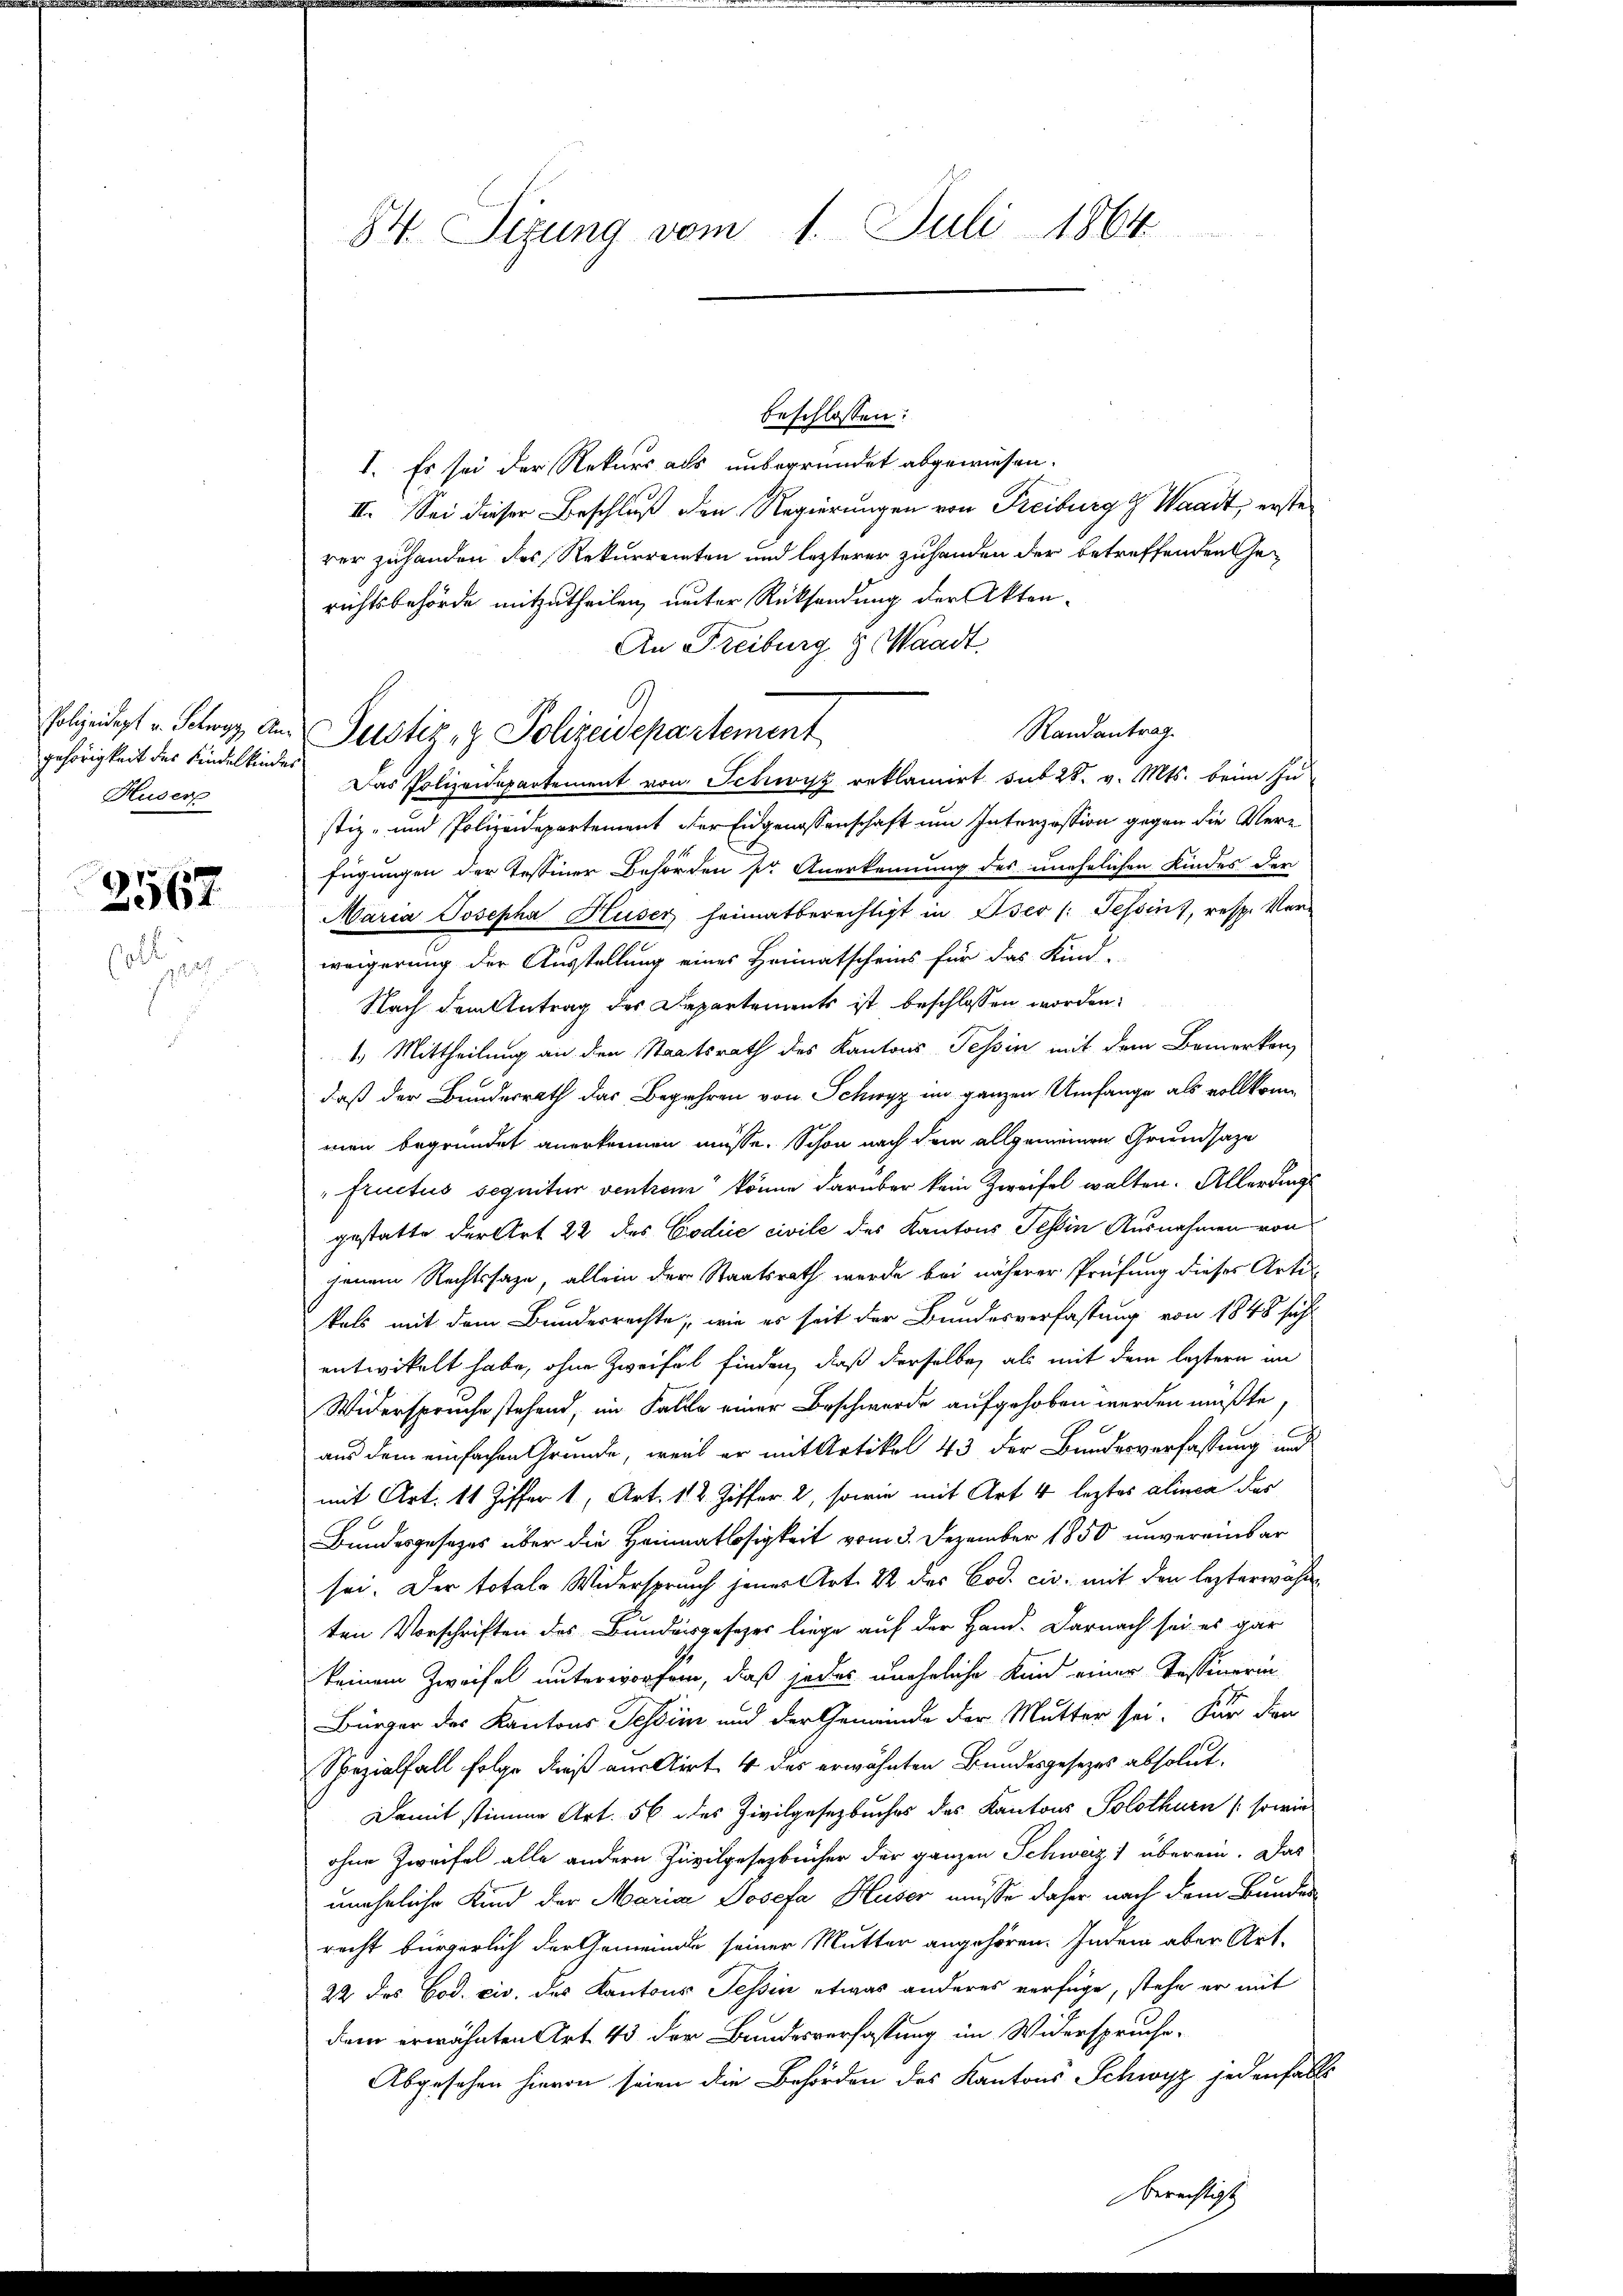
Polizeidept v. Schwyz, Angehörigkeit des Kindelkinden
Huser

2567

soll
s

84. Sizung vom 1. Juli 1864.

beschlossen:
I. Es sei der Rekurs als unbegründet abgewiesen.
II. Sei dieser Beschluß den Regierungen von Freiburg & Waadt, erste
rer zuhanden des Rekurrenten und lezterer Zuhanden der betreffenden Gerichtsbehörde mitzutheilen, unter Rücksendung der Akten¬
An Freiburg & Waadt.
Randantrag.
Das Polizeidepartement von Schwyz reklamirt sub 28. v. Mts. beim In
stiz- und Polizeidepartement der Eidgenossenschaft um Interzession gegen die Vere
fügungen der Tessiner Behörden pr Anerkennung des unehelichen Kindes der
Maria Josepha Huser heimatberechtigt in Oser (: Tessin, resp. Ver-
weigerung der Ausstellung eines Heimatscheins für das Kind-
Nach dem Antrag des Departements ist beschlossen worden.
1.) Mittheilung an den Staatsrath des Kantons Tessin mit dem Bemerken,
daß der Bundesrath das Begehren von Schwyz im ganzen Umfange als vollkommen begründet anerkennen müsse. Schon nach dem allgemeinen Grundsaze
"fructus seguitur ventrem könne darüber kein Zweifel walten. Allerdings
gestatte der Art 22 des Codice civile des Kantons Tessin Ausnahmen von
jenem Rechtssage, allein der Staatsrath werde bei näherer Prüfung dieses Arti-
kals mit dem Bundesrechte, wie es seit der Bundesverfassung von 1848 sehr
entwickelt habe, ohne Zweifel finden, daß derselbe, als mit dem leztern im
Widerspruche stehend, im Falle einer Beschwerde aufgehoben werden müßte,
aus dem einfachen Gründe, weil er mit Artikel 43 der Bundesverfassung und
mit Art. 11 Ziffer 1, Art. 112. Ziffer 2, sowie mit Art 4 leztes alinca das
Bundesgesezes über die Heimatlosigkeit vom 3. Dezember 1850 unvereinbar
sei. Der totale Widerspruch jener Art. 22 des Bod. civ. mit den lezterwähnten Vorschriften des Bundesgesetzes liege auf der Hand. Darnach sei es gar
keinem Zweifel unterworfen, daß jedes uneheliche Kind einer Tessinerin
Bürger des Kantons Tessin und der Gemeinde der Mutter sei. Für den
Spezialfall folge dieß aus Airt. 4 des erwähnten Bundesgesezes absolut.
Damit stimme Art. 56 des Zivilgesetzbuches des Kantons Solothurn (sowie
ohne Zweifel alle andern Zivilgesetzbücher der ganzen Schweiz) überein. Das
uneheliche Kind der Maria Josefa Huser müsse daher nach dem Bunden
recht bürgerlich der Gemeinden seiner Mutter angehören. Indem aber Art.
22 des Cod. civ. des Kantons Tessin etwas anderes verfüge, stehe er mit
dem erwähnten Art. 43 der Bundesverfassung im Widerspruche,
Abgesehen hievon seien die Behörden des Kantons Schwyz jedenfalls
Berechtigt

l
Justiz- & Polizeisepartement